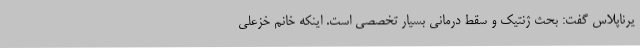
یرناپلاس گفت: بحث ژنتیک و سقط درمانی بسیار تخصصی است. اینکه خانم خزعلی